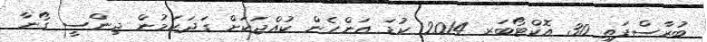
ބުރާސްފަތި 30 އޮކްޓޯބަރ 2014 ކުޑަ އަންހެން ކުއްޖަކަށް ގަދަކަމުން ޖިންސީ ގޯނާ